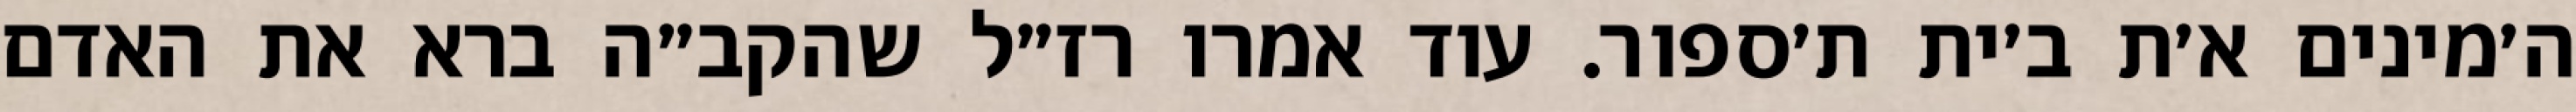
ה׳מינים א׳ת ב׳ית ת׳ספור. עוד אמרו רז״ל שהקב״ה ברא את האדם